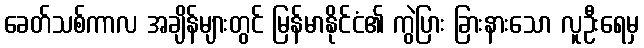
ခေတ်သစ်ကာလ အချိန်များတွင် မြန်မာနိုင်ငံ၏ ကွဲပြား ခြားနားသော လူဦးရေမှ